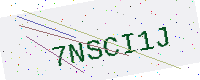
Text: 7NSCI1J